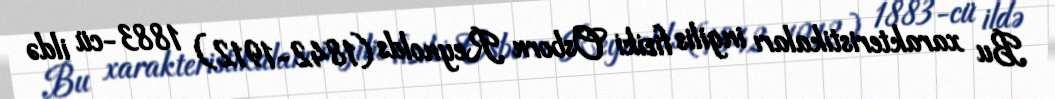
Bu xarakteristikaları ingilis fiziki Osborn Reynolds (1842-1912) 1883-cü ildə